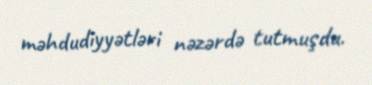
məhdudiyyətləri nəzərdə tutmuşdu.